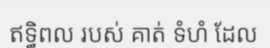
ឥទ្ធិពល របស់ គាត់ ទំហំ ដែល